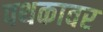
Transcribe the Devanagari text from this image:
पथकावर